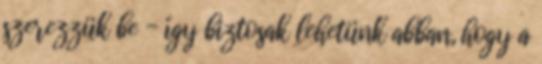
szerezzük be - így biztosak lehetünk abban, hogy a